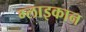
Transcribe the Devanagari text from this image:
ग्लाइकान